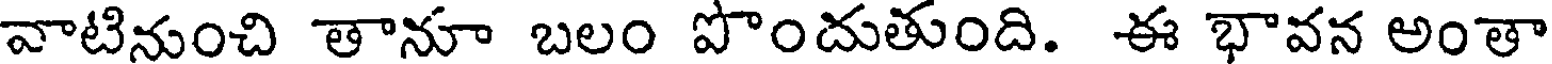
వాటినుంచి తానూ బలం పొందుతుంది. ఈ భావన అంతా